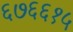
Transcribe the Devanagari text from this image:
६७६६१५